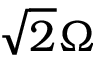
\sqrt { 2 } \Omega